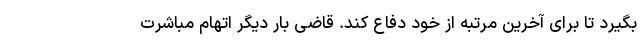
بگیرد تا برای آخرین مرتبه از خود دفاع کند. قاضی بار دیگر اتهام مباشرت